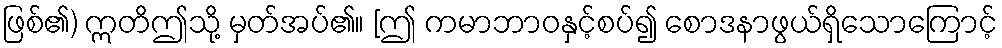
ဖြစ်၏) ဣတိဤသို့ မှတ်အပ်၏။ [ဤ ကမာဘာဝနှင့်စပ်၍ စောဒနာဖွယ်ရှိသောကြောင့်